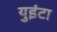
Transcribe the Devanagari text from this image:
युइंटा